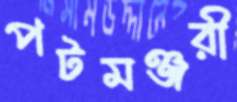
পটমঞ্জরী